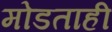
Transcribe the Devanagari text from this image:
मोडताही